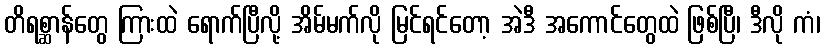
တိရစ္ဆာန်တွေ ကြားထဲ ရောက်ပြီလို့ အိမ်မက်လို မြင်ရင်တော့ အဲဒီ အကောင်တွေထဲ ဖြစ်ပြီ၊ ဒီလို ကံ၊